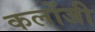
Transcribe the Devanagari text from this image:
कलोंजी